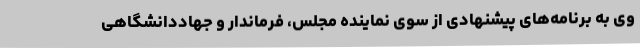
وی به برنامه‌های پیشنهادی از سوی نماینده مجلس، فرماندار و جهاددانشگاهی